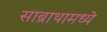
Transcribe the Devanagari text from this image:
साब्राथामध्ये